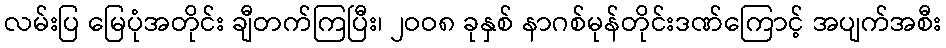
လမ်းပြ မြေပုံအတိုင်း ချီတက်ကြပြီး၊ ၂ဝဝ၈ ခုနှစ် နာဂစ်မုန်တိုင်းဒဏ်ကြောင့် အပျက်အစီး